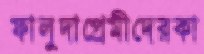
ফালুদাপ্রেমীদেরকা